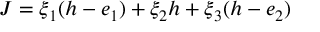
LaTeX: J = \xi _ { 1 } ( h - e _ { 1 } ) + \xi _ { 2 } h + \xi _ { 3 } ( h - e _ { 2 } )